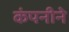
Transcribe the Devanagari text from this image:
कंपनीने